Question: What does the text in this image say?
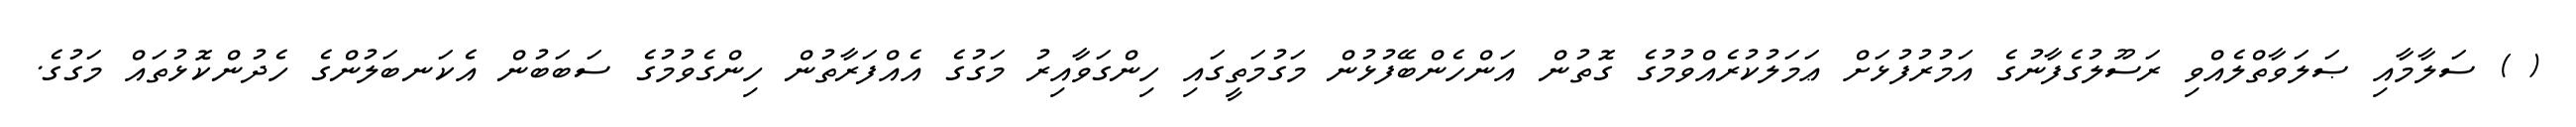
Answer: ( ) ސަލާމާއި ޞަލަވާތްލެއްވި ރަސޫލުގެފާނުގެ އަމުރުފުޅަށް ޢަމަލުކުރެއްވުމުގެ ގޮތުން އަންހެންބޭފުޅުން މަގުމަތީގައި ހިންގަވާއިރު މަގުގެ އެއްފަރާތުން ހިންގެވުމުގެ ސަބަބުން އެކަނބަލުންގެ ހެދުންކޮޅުތައް މަގުގެ.